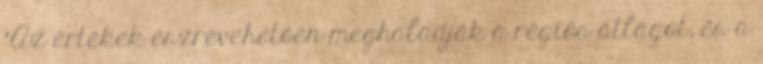
"Az értékek észrevehetően meghaladják a régiós átlagot, és a